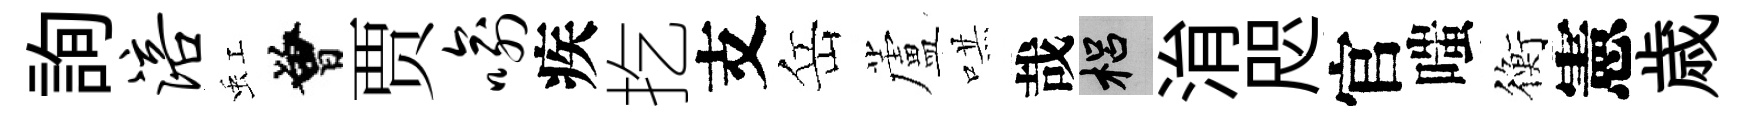
詢涪虹曾贾喻疾扢支岳蘆哄哉梠㳙咫官嗤衡憲歳